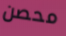
محصن